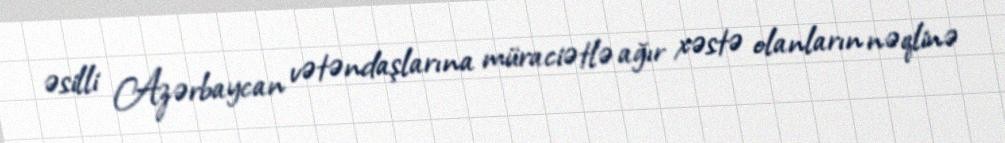
əsilli Azərbaycan vətəndaşlarına müraciətlə ağır xəstə olanların nəqlinə